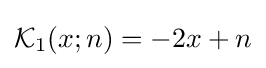
{\mathcal {K}}_{1}(x;n)=-2x+n